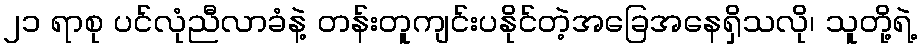
၂၁ ရာစု ပင်လုံညီလာခံနဲ့ တန်းတူကျင်းပနိုင်တဲ့အခြေအနေရှိသလို၊ သူတို့ရဲ့